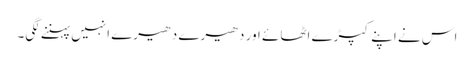
اس نے اپنے کپڑے اٹھائے اور دھیرے دھیرے انہیں پہننے لگی۔